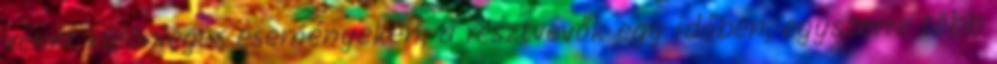
venni különleges eseményeken, a résztvevők egy időben, egyszerre több